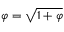
\varphi = { \sqrt { 1 + \varphi } }